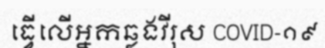
ធ្វើលើអ្នកឆ្លងវីរុស COVID-១៩